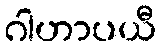
ဂါဟာပယီ